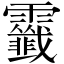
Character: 𩆷